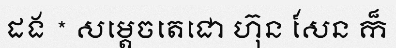
ដង * សម្តេចតេជោ ហ៊ុន សែន ក៏